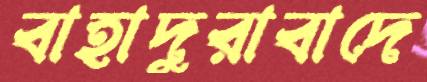
বাহাদুরাবাদে